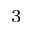
_ 3